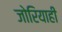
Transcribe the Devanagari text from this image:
जोरियाही